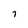
Character: i